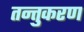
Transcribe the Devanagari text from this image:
तन्तुकरण